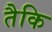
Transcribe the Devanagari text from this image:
तैकि